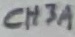
Text: CH3A